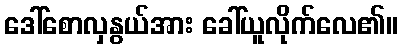
ဒေါ်စောလှနွယ်အား ခေါ်ယူလိုက်လေ၏။